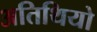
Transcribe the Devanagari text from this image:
अतिथियो